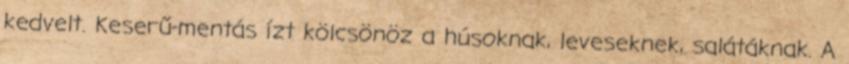
kedvelt. Keserű-mentás ízt kölcsönöz a húsoknak, leveseknek, salátáknak. A